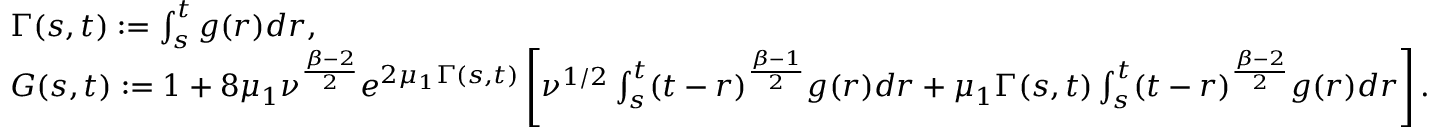
\begin{array} { r l } & { \Gamma ( s , t ) : = \int _ { s } ^ { t } g ( r ) d r , } \\ & { G ( s , t ) : = 1 + 8 \mu _ { 1 } \nu ^ { \frac { \beta - 2 } { 2 } } e ^ { 2 \mu _ { 1 } \Gamma ( s , t ) } \left[ \nu ^ { 1 / 2 } \int _ { s } ^ { t } ( t - r ) ^ { \frac { \beta - 1 } { 2 } } g ( r ) d r + \mu _ { 1 } \Gamma ( s , t ) \int _ { s } ^ { t } ( t - r ) ^ { \frac { \beta - 2 } { 2 } } g ( r ) d r \right] . } \end{array}